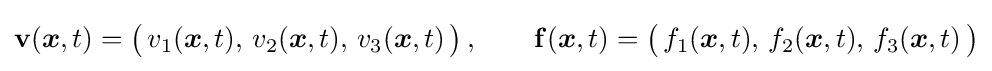
\mathbf {v} ({\boldsymbol {x}},t)={\big (}\,v_{1}({\boldsymbol {x}},t),\,v_{2}({\boldsymbol {x}},t),\,v_{3}({\boldsymbol {x}},t)\,{\big )}\,,\qquad \mathbf {f} ({\boldsymbol {x}},t)={\big (}\,f_{1}({\boldsymbol {x}},t),\,f_{2}({\boldsymbol {x}},t),\,f_{3}({\boldsymbol {x}},t)\,{\big )}